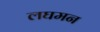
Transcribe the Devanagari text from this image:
लघमन